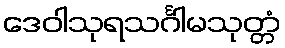
ဒေဝါသုရသင်္ဂါမသုတ္တံ